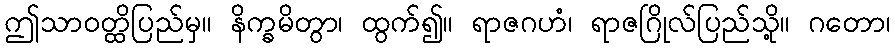
ဤသာဝတ္ထိပြည်မှ။ နိက္ခမိတွာ၊ ထွက်၍။ ရာဇဂဟံ၊ ရာဇဂြိုလ်ပြည်သို့။ ဂတော၊